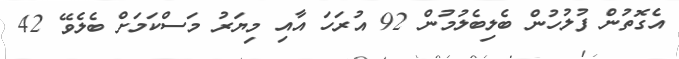
އެގޮތުން ފުލުހުން ބެލިބެލުމުން 92 އުރަހަ އާއި މިޔަރު މަސްކަމަށް ބެލެވޭ 42